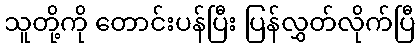
သူတို့ကို တောင်းပန်ပြီး ပြန်လွှတ်လိုက်ပြီ